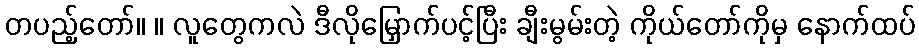
တပည့်တော်။ ။ လူတွေကလဲ ဒီလိုမြှောက်ပင့်ပြီး ချီးမွမ်းတဲ့ ကိုယ်တော်ကိုမှ နောက်ထပ်